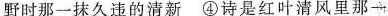
野时那一抹久违的清新④诗是红叶清风里那一